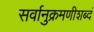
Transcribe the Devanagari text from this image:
सर्वानुक्रमणीशब्दं